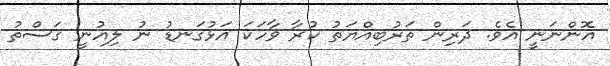
އޮންނަނީ އެވެ. ދަރިން ތަރުބިއްޔަތު ކުރާ ވާހަކަ އަޅުގަނޑު ނު ލިއުނީ ޤަސްތު